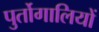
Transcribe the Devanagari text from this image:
पुर्तोगालियों